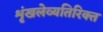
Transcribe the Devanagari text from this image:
शृंखलेव्यतिरिक्त